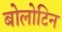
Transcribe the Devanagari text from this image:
बोलोटिन